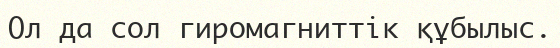
Ол да сол гиромагниттік құбылыс.